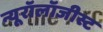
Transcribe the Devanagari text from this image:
न्यूरॉलॉजीस्ट